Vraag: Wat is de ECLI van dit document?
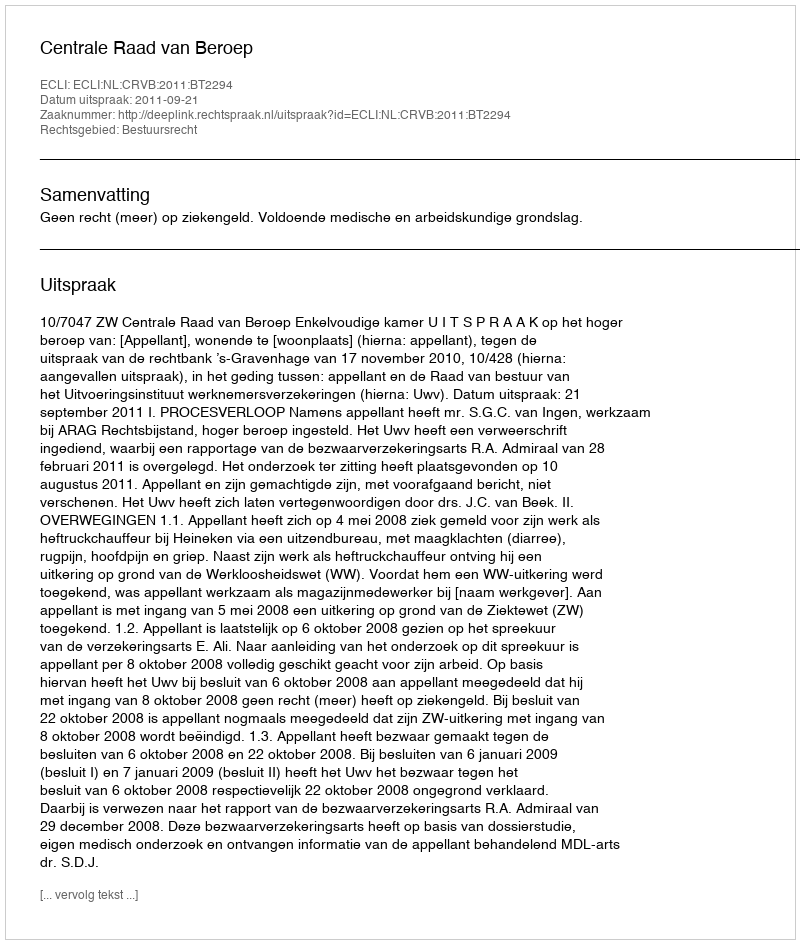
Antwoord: ECLI:NL:CRVB:2011:BT2294